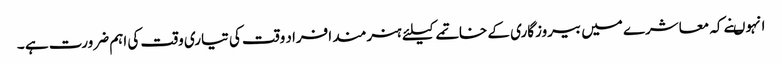
انہوںنے کہ معاشرے میں بیروزگاری کے خاتمے کیلئے ہنرمند افراد وقت کی تیاری وقت کی اہم ضرورت ہے ۔